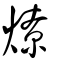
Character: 燎